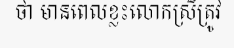
ថា មានពេលខ្លះលោកស្រីត្រូវ